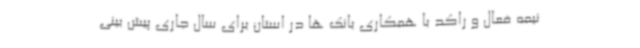
نیمه فعال و راکد با همکاری بانک ها در استان برای سال جاری پیش بینی